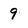
Character: 9